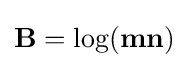
\mathbf {B} =\log(\mathbf {mn} )